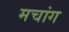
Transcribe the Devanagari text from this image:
मचांग